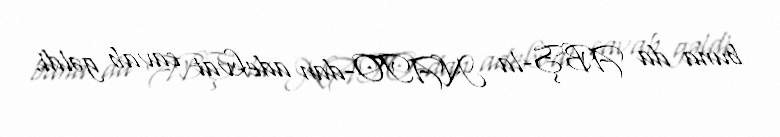
buna da ABŞ-la NATO-dan adekvat cavab gəldi.